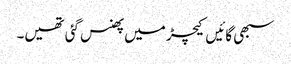
سبھی گائیں کیچڑ میں پھنس گئی تھیں۔